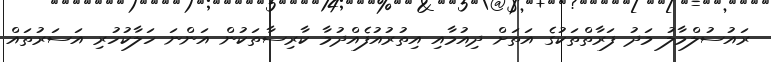
ރައުސުލްމާލު މަދު ފަރާތްތަކުގެ އަތަށް ދިއުމާއި އިތުރުއުފެއްދުމާ ކާރިސާތަކުން އަންނަ ހަލާކުހުރި އަސަރުތައް